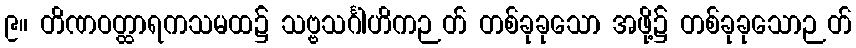
၉။ တိဏဝတ္ထာရကသမထ၌ သဗ္ဗသင်္ဂါဟိကဉတ် တစ်ခုခုသော အဖို့၌ တစ်ခုခုသောဉတ်